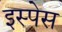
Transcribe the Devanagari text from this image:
इस्पेस